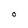
Character: O